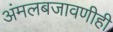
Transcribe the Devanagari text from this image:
अंमलबजावणीही